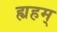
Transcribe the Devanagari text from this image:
ह्यहम्